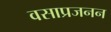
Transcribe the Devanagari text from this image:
वसाप्रजनन